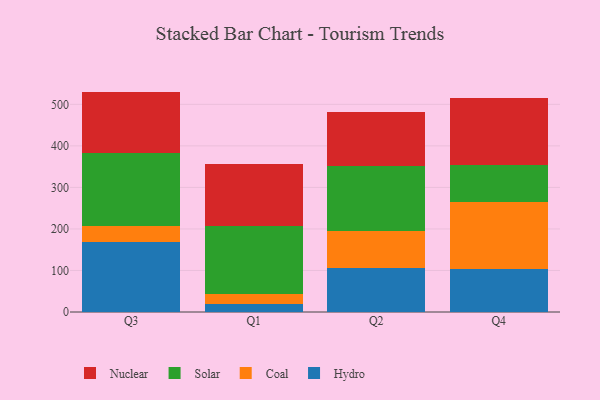
{"axis": {"x": "Quarter", "y": "Customer Acquisition Cost (USD)"}, "legend": ["Coal", "Hydro", "Nuclear", "Solar"], "data": [{"x": "Q3", "y": 167.9, "type": "Hydro"}, {"x": "Q3", "y": 38.9, "type": "Coal"}, {"x": "Q3", "y": 175.0, "type": "Solar"}, {"x": "Q3", "y": 148.9, "type": "Nuclear"}, {"x": "Q1", "y": 19.3, "type": "Hydro"}, {"x": "Q1", "y": 23.7, "type": "Coal"}, {"x": "Q1", "y": 163.4, "type": "Solar"}, {"x": "Q1", "y": 151.0, "type": "Nuclear"}, {"x": "Q2", "y": 106.2, "type": "Hydro"}, {"x": "Q2", "y": 88.7, "type": "Coal"}, {"x": "Q2", "y": 155.5, "type": "Solar"}, {"x": "Q2", "y": 131.3, "type": "Nuclear"}, {"x": "Q4", "y": 104.3, "type": "Hydro"}, {"x": "Q4", "y": 159.7, "type": "Coal"}, {"x": "Q4", "y": 90.7, "type": "Solar"}, {"x": "Q4", "y": 161.1, "type": "Nuclear"}]}